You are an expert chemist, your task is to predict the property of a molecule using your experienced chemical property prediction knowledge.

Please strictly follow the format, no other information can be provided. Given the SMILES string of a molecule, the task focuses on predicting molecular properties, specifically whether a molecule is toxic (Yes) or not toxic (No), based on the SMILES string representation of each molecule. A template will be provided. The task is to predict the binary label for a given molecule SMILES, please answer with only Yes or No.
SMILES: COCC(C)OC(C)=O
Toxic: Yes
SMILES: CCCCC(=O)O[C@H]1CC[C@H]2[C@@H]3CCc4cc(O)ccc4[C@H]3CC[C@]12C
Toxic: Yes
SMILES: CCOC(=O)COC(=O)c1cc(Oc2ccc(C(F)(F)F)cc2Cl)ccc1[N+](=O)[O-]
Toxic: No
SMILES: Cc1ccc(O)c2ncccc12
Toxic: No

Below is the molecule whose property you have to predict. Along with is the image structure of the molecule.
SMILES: Nc1ccc(C(=O)Oc2ccccc2)c(O)c1
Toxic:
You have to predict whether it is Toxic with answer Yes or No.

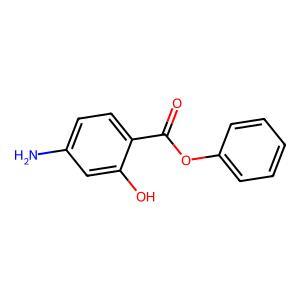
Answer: No